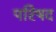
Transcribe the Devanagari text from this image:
परिषद